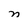
Character: n